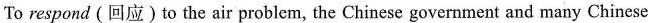
To respond (回应) to the air problem, the Chinese government and many Chinese